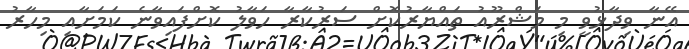
އޭނާ ވިދާޅުވީ މި މަޝްރޫއު ތައްޔާރުކޮށް ސަރުކާރާ ހަވާލު ކޮށްފައިވާނެ ކަމަށާއި މިހާރު